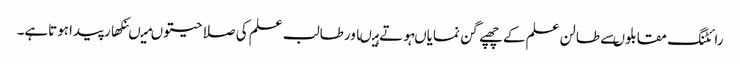
رائٹنگ مقابلوںسے طالن علم کے چھپے گن نمایاںہوتے ہیںاورطالب علم کی صلا حیتوںمیںنکھارپیداہوتاہے۔